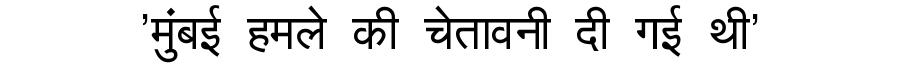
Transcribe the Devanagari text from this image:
'मुंबई हमले की चेतावनी दी गई थी'